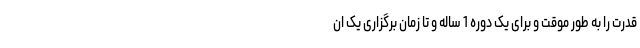
قدرت را به طور موقت و برای یک دوره 1 ساله و تا زمان برگزاری یک ان